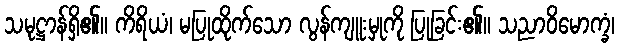
သမုဋ္ဌာန်ရှိ၏။ ကိရိယံ၊ မပြုထိုက်သော လွန်ကျူးမှုကို ပြုခြင်း၏။ သညာဝိမောက္ခံ၊